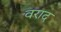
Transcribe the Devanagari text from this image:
वराद